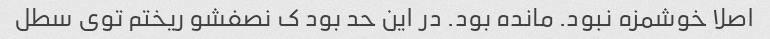
اصلا خوشمزه نبود. مانده بود. در این حد بود ک نصفشو ریختم توی سطل